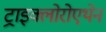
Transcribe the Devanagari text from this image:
ट्राइक्लोरोएथेन